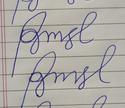
Signature authenticity: forged